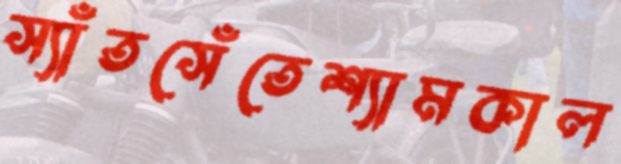
স্যাঁতসেঁতেশ্যামকাল